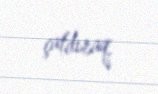
çatdıraq.